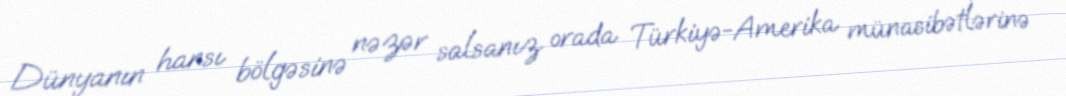
Dünyanın hansı bölgəsinə nəzər salsanız orada Türkiyə-Amerika münasibətlərinə